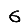
Digit: 6